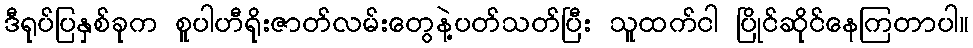
ဒီရုပ်ပြနှစ်ခုက စူပါဟီရိုးဇာတ်လမ်းတွေနဲ့ပတ်သတ်ပြီး သူထက်ငါ ပြိုင်ဆိုင်နေကြတာပါ။